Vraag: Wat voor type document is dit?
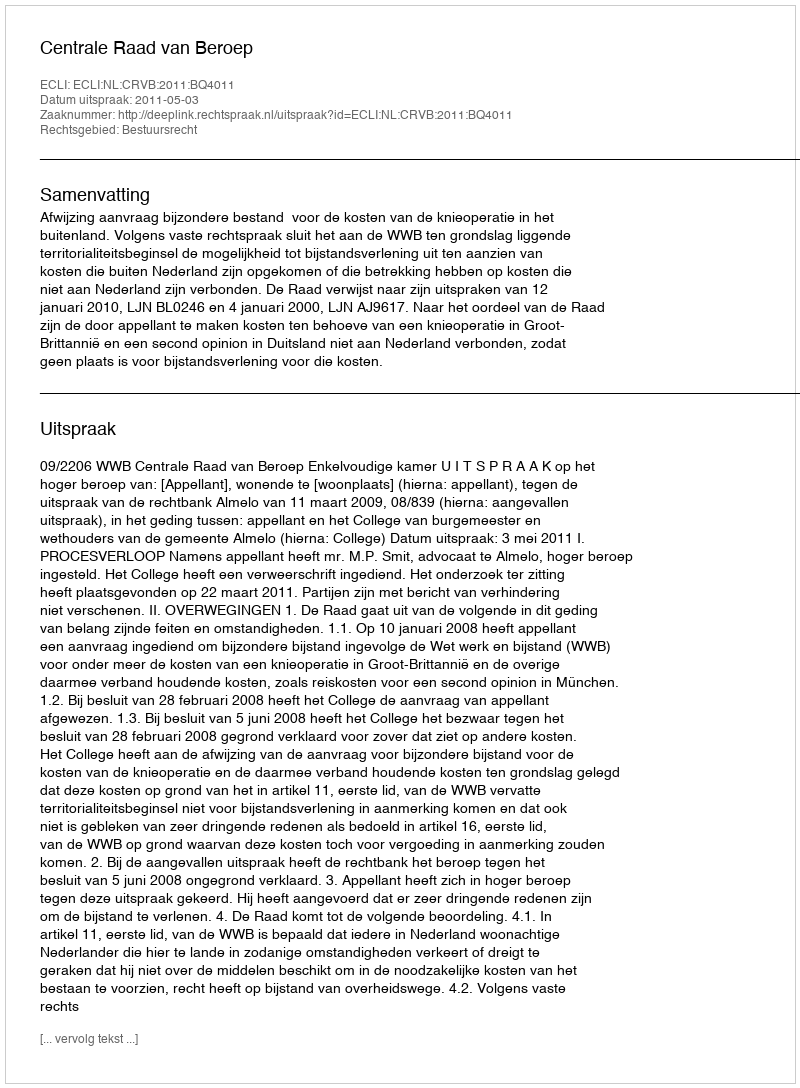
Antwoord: Uitspraak